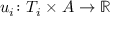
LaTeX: u _ { i } \colon T _ { i } \times A \rightarrow \mathbb { R }